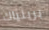
برينياك